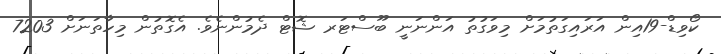
ކޯވިޑް-19އިން އަރައިގަތުމަށް މިވަގުތު އަންނަނީ ބޫސްޓަރ ޝޮޓް ދެމުންނެވެ. އެގޮތުން މިހާތަނަށް 7203